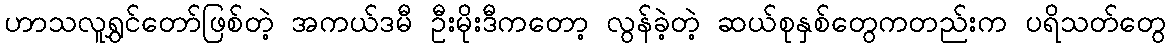
ဟာသလူရွှင်တော်ဖြစ်တဲ့ အကယ်ဒမီ ဦးမိုးဒီကတော့ လွန်ခဲ့တဲ့ ဆယ်စုနှစ်တွေကတည်းက ပရိသတ်တွေ